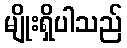
မျိုးရှိပါသည်